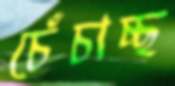
চেঁচাচ্ছ